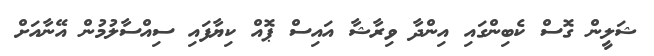
ޝަލީން ގޮސް ކެބިންގައި އިންދާ ވިރާޝާ އައިސް ޕޮއް ކިޔާފައި ސިއްސާލުމުން އޭނާއަށް